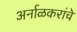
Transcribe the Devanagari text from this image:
अर्नाळकरांचे